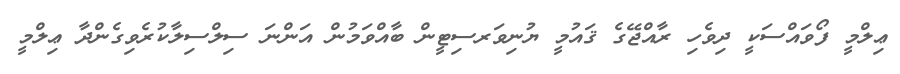
ޢިލްމީ ފޯވައްސަކީ ދިވެހި ރާއްޖޭގެ ޤައުމީ ޔުނިވަރސިޓީން ބާއްވަމުން އަންނަ ސިލްސިލާކުރެވިގެންދާ ޢިލްމީ